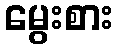
မွေးစား